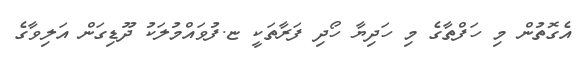
އެގޮތުން މި ހަފްތާގެ މި ހަދިޔާ ހޯދި ފަރާތަކީ ޏ.ފުވައްމުލަކު ދޫޑިގަން އަލިވާގެ